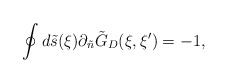
\begin{align*}\oint{d}\tilde{s}(\xi){\partial_{\tilde{n}}}{\tilde{G}_D}(\xi,\xi')=-1,\end{align*}